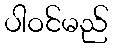
ပါဝင်မည်